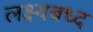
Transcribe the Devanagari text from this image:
लक्ष्यबध्द